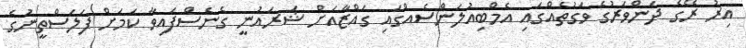
އިރު ރޭގެ ދަންވަރުގެ ވަގުތެއްގައި އެމްބިއުލަންސެއްގައި ގައްޒާއަށް ޝަރައުނީ ގެނެސްފައިވާ ކަމަށް ފަލަސްތީނުގެ